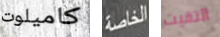
كاميلوت الخاصة التقيت